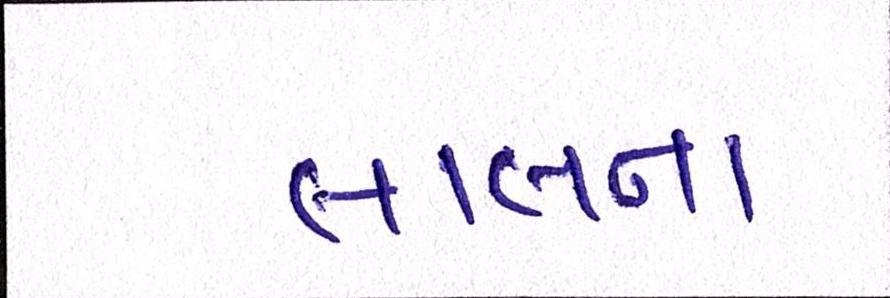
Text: લાલના